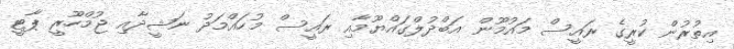
އިތުރުން ކުރީގެ ރައީސް މައުމޫން އަބްދުލްގައްޔޫމާއި ރައީސް މުހައްމަދު ނަޝީދާއި ޖުމްހޫރީ ޕާޓީ